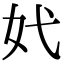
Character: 㚤